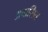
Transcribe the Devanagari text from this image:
अवासित